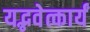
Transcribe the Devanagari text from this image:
यद्भवेत्कार्यं